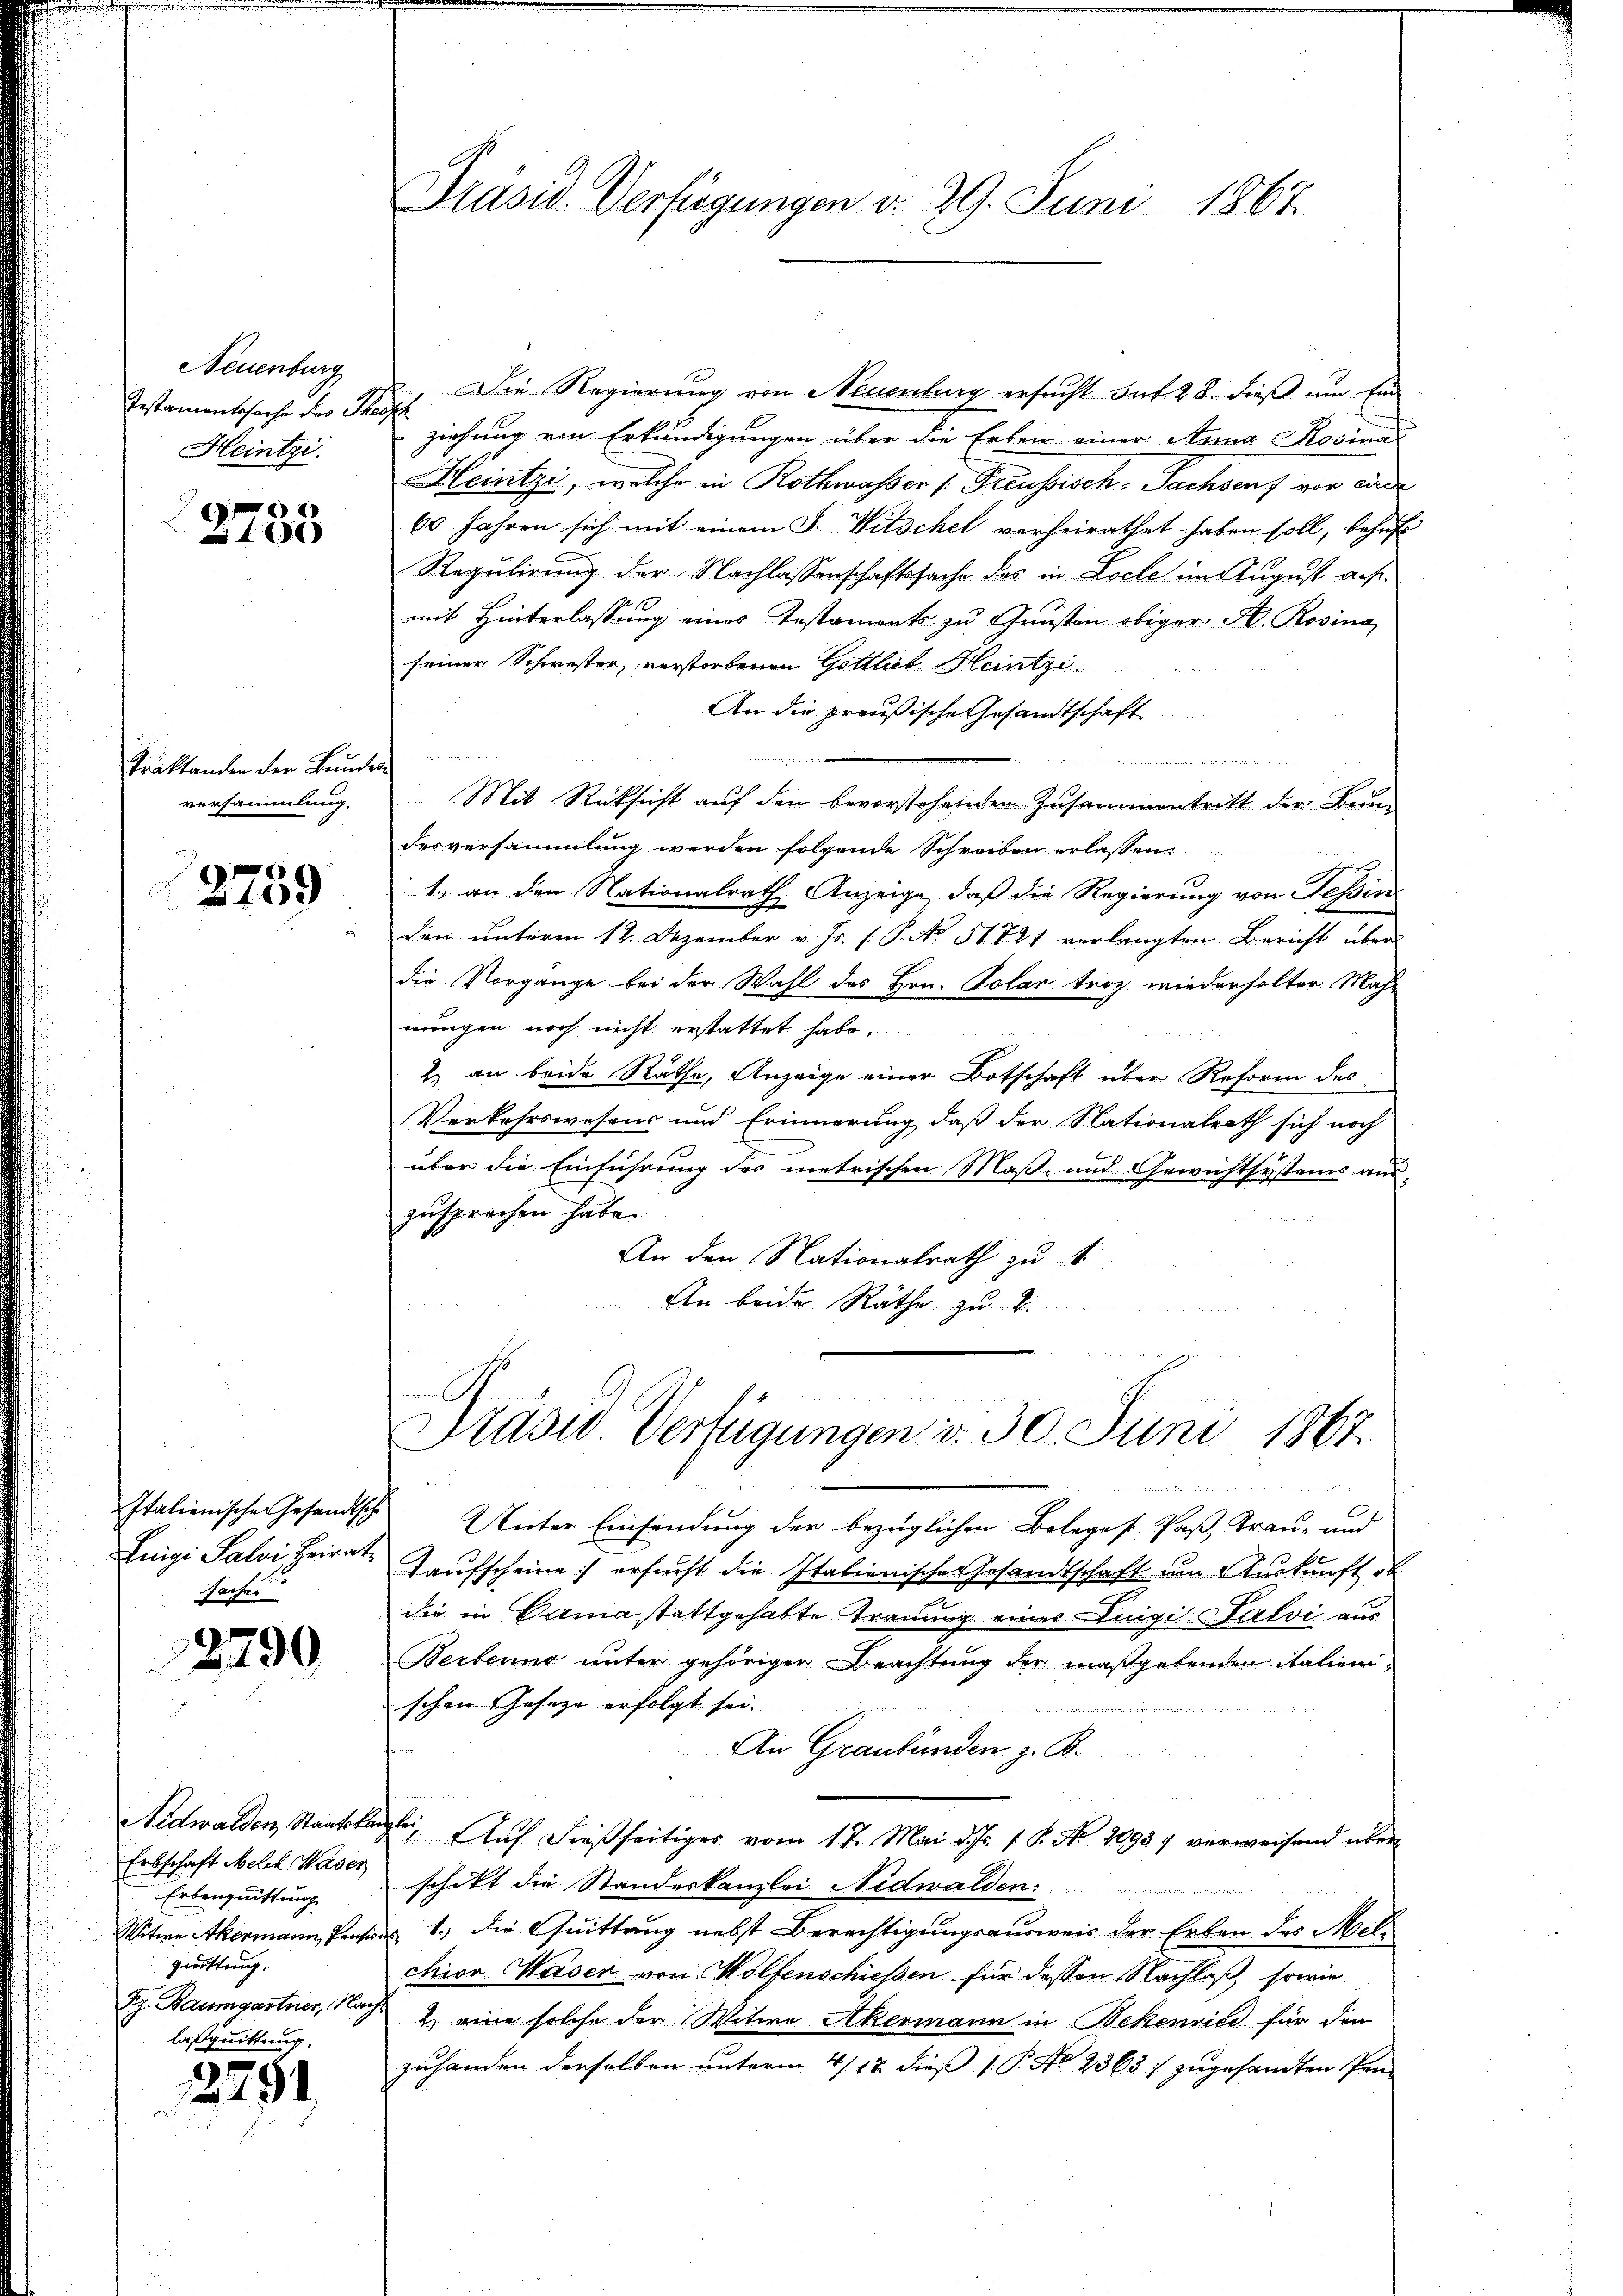
Neuenburg
Testamentsache der Theiss
Heintzi

x

Traktanden der Bunde
versammlung.

2759

Italienische Gesandtsch
Enigi Salvi, Heirat
sachen

2790

Nidwalden, Staatska
Erbschaft Melch. Waser
Erbenquittung
Witwe Akermann, Pensi
zwiftung.
Rg. Baumgartner, Nac
lasquittung.

2291

Präsid. Verfügungen d. 29. Juni 1867.

Die Regierung von Neuenburg ersucht hat 28. dieß um Ein
ziehung von Erkundigungen über die Erben einer Anna Rosina
Heintze, welche in Rothwasser (: Treussisch-Sachsens vor wurde
60 Jahren sich mit einem J. Witschel verheirathet haben soll, behuf
Regulirung der Nachlassenschaftssache des in Loche im August auf.
mit Hinterlassung eines Testaments zu Gunsten obiger A. Rosina
seiner Schwester, verstorbenen Gottlieb Heintzi
An die preußische Gesandtschaft
u
  .
i
Mit Rücksicht auf den bevorstehenden Zusammentritt der Bundesversammlung werden folgende Schreiben erlassen
1., an den Nationalrath Anzeige, daß die Regierung von Tessin
den unterm 12. Dezember v. Js. ( P. No 51821 verlangten Bericht über
die Vorgange bei der Wahl des Hrn. Polar troz wiederholter Mahl
nungen noch nicht erstattet habe.
2.) an beide Räthe, Anzeige einer Botschaft über Reform des
Verkehrswesens und Erinnerung, daß der Nationalrath sich noch
über die Einführung des metrischen Maß- und Gewichtsystems aus-
zusprechen habe.
An den Nationalrath zu 1
An beide Räthe zu 2.
u

Präsid. Verfügungen d. 30. Juni 1867.

i
 Unter Einsendung der bezüglichen Beleges Pass, Traue und
Taufscheine ersucht die Italienisches Gesandtschaft um Auskunft ob
die in Cama stattgehabte Trauung eines Luigi Salvi aus
Berbenne unter gehöriger Beachtung der maßgebenden italienischen Gesetze erfolgt sei.
An Graubünden z. B.
s
gle. Auf dießseitiges vom 17. Mai d. Js. 1. K. No 1095 7 verweisend überschikt die Standeskanzlei Nidwalden.
s 1., die Quittung nebst Berechtigungsausweis der Erben des Melchior Waser von Wolfenschiessen für dessen Nachlaß, sowie
2. eine solche der Witwe Akermann in Bekenrice für den
zuhanden derselben unterm 4/12. dieß ( P. No 2363 / zugesandten Pen-